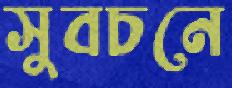
সুবচনে